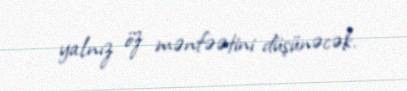
yalnız öz mənfəətini düşünəcək.